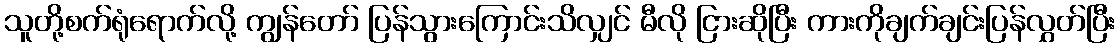
သူတို့စက်ရုံရောက်လို့ ကျွန်တော် ပြန်သွားကြောင်းသိလျှင် မီလို ငြားဆိုပြီး ကားကိုချက်ချင်းပြန်လွှတ်ပြီး